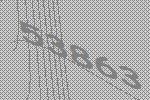
53863